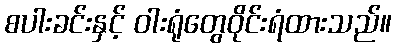
စပါးခင်းနှင့် ဝါးရုံတွေဝိုင်းရံထားသည်။